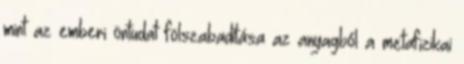
mint az emberi öntudat fölszabadítása az anyagból a metafizikai